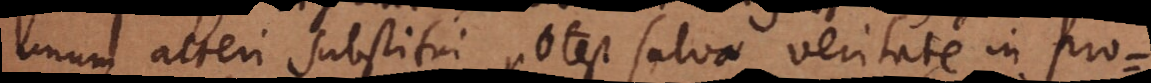
unum alteri substitui potest salva veritate in pro